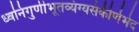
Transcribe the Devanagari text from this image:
ध्वनिगुणीभूतव्यंग्यसंकीर्णभेद